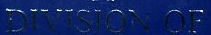
DIVISION OF